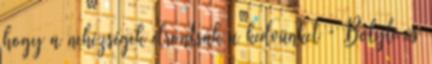
hogy a nehézségek elrontsák a kedvünket ” Bolyle és